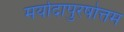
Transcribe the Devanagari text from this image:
मर्यादापुरषोत्तम